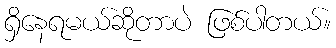
ရှိနေရမယ်ဆိုတာပဲ ဖြစ်ပါတယ်။